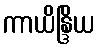
ကာယိန္ဒြိယ